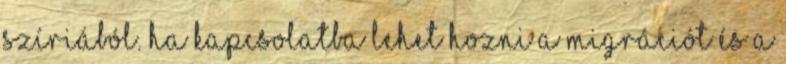
Szíriából. Ha kapcsolatba lehet hozni a migrációt és a